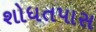
શોધતપાસ